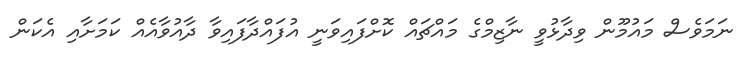
ނަމަވެސް މައުމޫން ވިދާޅުވީ ނާޒިމްގެ މައްޗައް ކޮށްފައިވަނީ އުފައްދާފައިވާ ދާއުވާއެއް ކަމަށާއި އެކަން